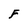
Character: F